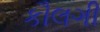
કૌલગી